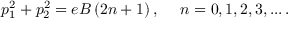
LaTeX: p _ { 1 } ^ { 2 } + p _ { 2 } ^ { 2 } = e B \left( 2 n + 1 \right) , \, \, \, \, \, \, \, \, n = 0 , 1 , 2 , 3 , . . . \, .